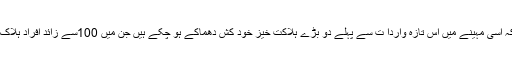
واضح رہے کہ اسی مہینے میں اس تازہ واردا ت سے پہلے دو بڑے ہلاکت خیز خود کش دھماکے ہو چکے ہیں جن میں 100سے زائد افراد ہلاک ہو چکے ہیں۔